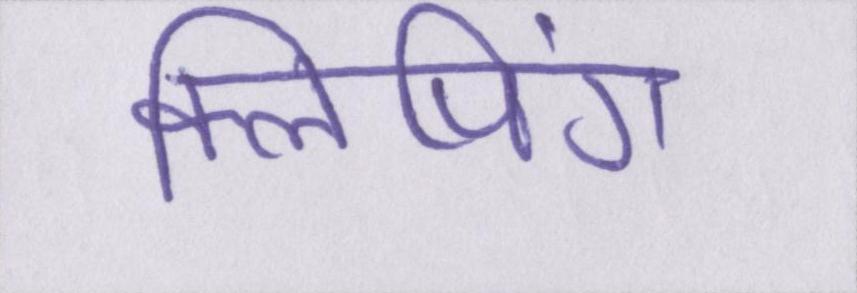
क्लिपिंग